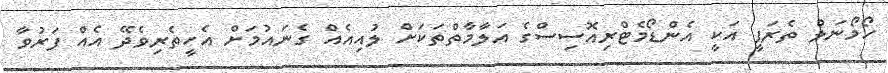
ހޯމޯނަލް ތެރަޕީ އަކީ އެންޑޯމެޓްރިއޮސިސްގެ އަލާމާތްތަކަށް ލުއިއެއް ގެނައުމަށް އެހީތެރިވެދޭ އެއް ފަރުވާ